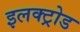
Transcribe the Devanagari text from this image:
इलक्ट्रोड